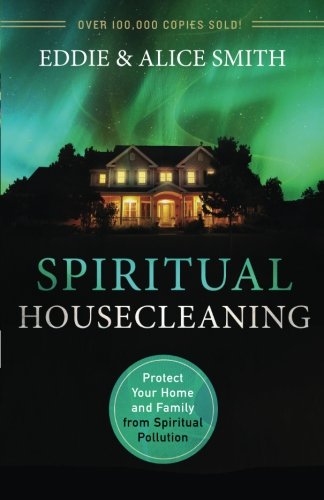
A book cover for Spiritual Housecleaning: Protect Your Home and Family from Spiritual Pollution; Eddie Smith; Christian Books & Bibles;